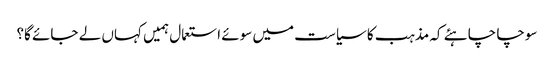
سوچا چاہئے کہ مذہب کا سیاست میں سوئے استعمال ہمیں کہاں لے جائے گا؟